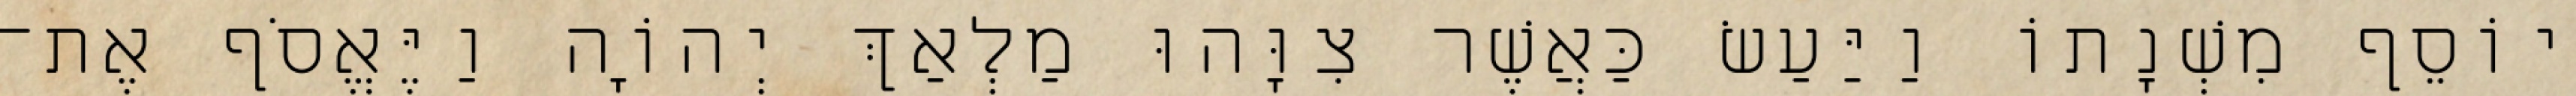
יוֹסֵף מִשְׁנָתוֹ וַיַּעַשׂ כַּאֲשֶׁר צִוָּהוּ מַלְאַךְ יְהוָֹה וַיֶּאֱסֹף אֶת־